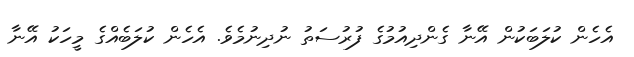
އެހެން ކުލަބަކުން އޭނާ ގެންދިއުމުގެ ފުރުސަތު ނުދިނުމެވެ. އެހެން ކުލަބެއްގެ މީހަކު އޭނާ